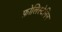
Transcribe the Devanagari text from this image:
फ़ोलिस्टेनिन